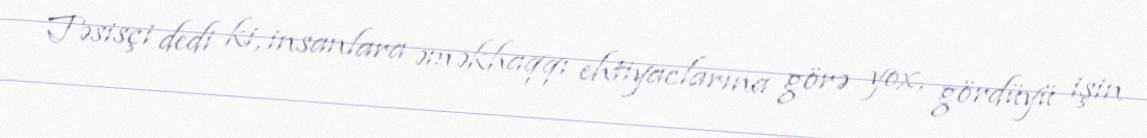
Təsisçi dedi ki, insanlara əməkhaqqı ehtiyaclarına görə yox, gördüyü işin